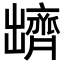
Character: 𪗊